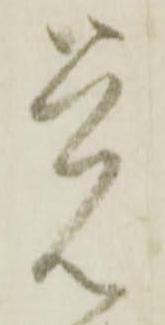
覚